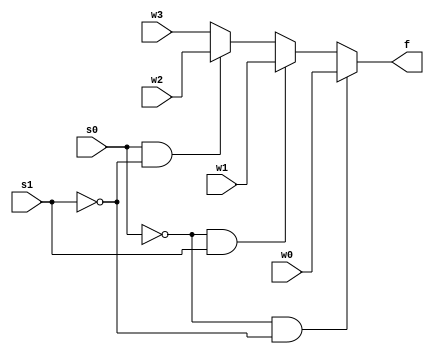
module mux_4_to_1(w0,w1,w2,w3,s0,s1,f);
input w0,w1,w2,w3,s0,s1;
output reg f;

always @(*)
    if(s0==0 & s1==0)
        f=w0;
    else if(s0==0 & s1==1)
        f=w1;
    else if(s0==1 & s1==0)
        f=w2;
    else
        f=w3;
endmodule